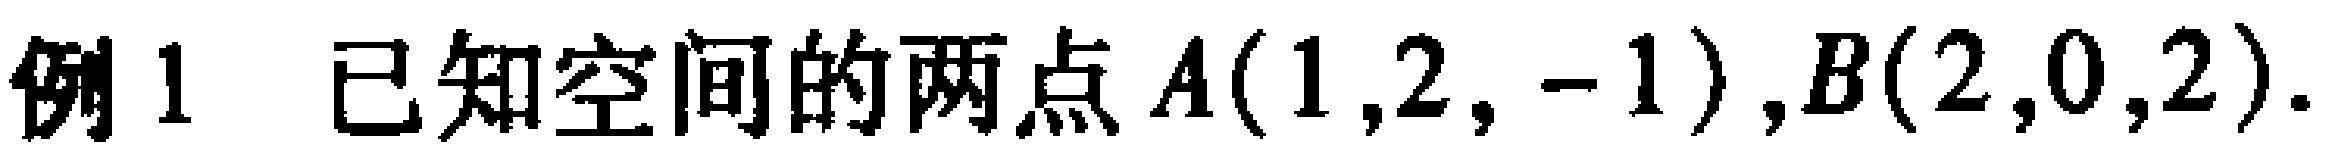
例1 已知空间的两点$A(1,2,-1),B(2,0,2).$